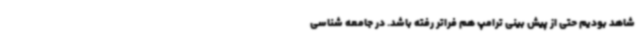
شاهد بودیم حتی از پیش بینی ترامپ هم فراتر رفته باشد. در جامعه شناسی